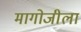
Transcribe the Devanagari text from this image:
मागोजीला